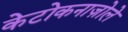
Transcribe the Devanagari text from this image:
केटोकनाज़ोले